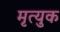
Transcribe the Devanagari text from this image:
मृत्युक